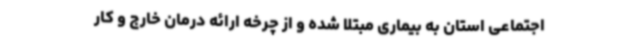
اجتماعی استان به بیماری مبتلا شده‌ و از چرخه ارائه درمان خارج و کار